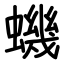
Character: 蟣